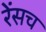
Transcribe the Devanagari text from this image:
रेंसच